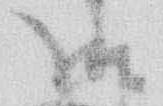
御